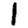
Digit: 1